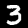
Label: 3